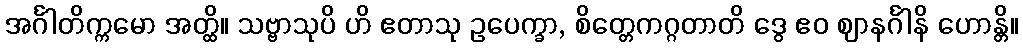
အင်္ဂါတိက္ကမော အတ္ထိ။ သဗ္ဗာသုပိ ဟိ ဧတာသု ဥပေက္ခာ, စိတ္တေကဂ္ဂတာတိ ဒွေ ဧဝ ဈာနင်္ဂါနိ ဟောန္တိ။